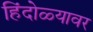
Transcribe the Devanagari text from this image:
हिंदोळ्यावर